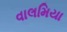
વાલમિયા